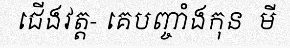
ជើងវត្ត- គេបញ្ចាំងកុន  មី